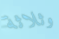
وثلاثة